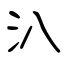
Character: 汃